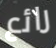
رائع